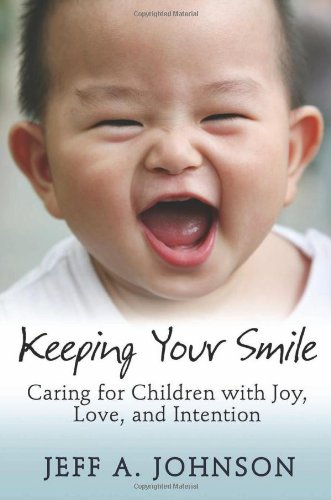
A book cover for Keeping Your Smile: Caring for Children with Joy, Love, and Intention; Jeff A. Johnson; Health, Fitness & Dieting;